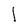
Character: l